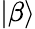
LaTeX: \left|\beta\right>